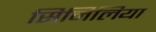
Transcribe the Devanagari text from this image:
सिमिलिया